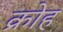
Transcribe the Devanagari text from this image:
क्रोह